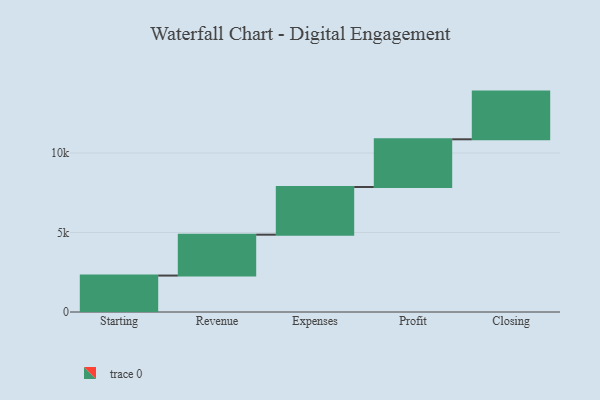
{"axis": {"x": "Step", "y": "Value"}, "legend": [""], "data": [{"x": "Starting", "y": 2292.0, "type": ""}, {"x": "Revenue", "y": 2572.0, "type": ""}, {"x": "Expenses", "y": 3000, "type": ""}, {"x": "Profit", "y": 3000, "type": ""}, {"x": "Closing", "y": 3000, "type": ""}]}